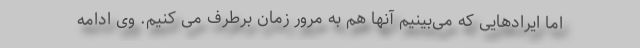
اما ایرادهایی که می‌بینیم آنها هم به مرور زمان برطرف می کنیم. وی ادامه